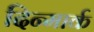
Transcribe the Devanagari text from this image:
दिन्मार्क